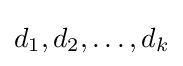
d_{1},d_{2},\ldots ,d_{k}